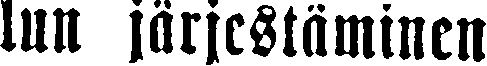
lun järjestäminen